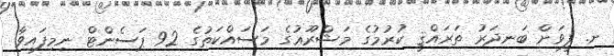
ށ. ފީވަށް ބަނދަރު ތަރައްޤީ ކުރުމުގެ މަޝްރޫޢުގެ މަސައްކަތުގެ 92 ޕަސެންޓް ނިމިފައިވާ